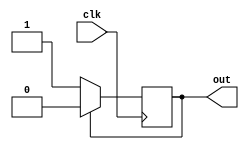
module schmitt_trigger_inverter (
    input wire clk,
    output reg out
    );
    reg input_reg;

    always @ (posedge clk) begin
        if (input_reg == 1'b0) begin
            if (out == 1'b0) begin
                out <= 1'b1;
            end
            else begin
                out <= 1'b0;
            end
        end
        else begin
            if (out == 1'b0) begin
                out <= 1'b1;
            end
            else begin
                out <= 1'b0;
            end
        end
        input_reg <= out;
    end

endmodule